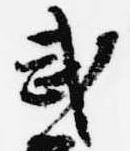
武